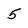
Character: 5